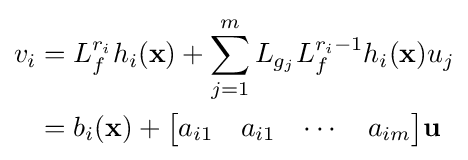
{\begin{aligned}v_{i}&=L_{f}^{r_{i}}h_{i}(\mathbf {x} )+\sum _{j=1}^{m}L_{g_{j}}L_{f}^{r_{i}-1}h_{i}(\mathbf {x} )u_{j}\\&=b_{i}(\mathbf {x} )+{\begin{bmatrix}a_{i1}&a_{i1}&\cdots &a_{im}\end{bmatrix}}\mathbf {u} \end{aligned}}